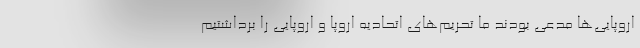
اروپایی‌ها مدعی بودند ما تحریم‌های اتحادیه اروپا و اروپایی را برداشتیم